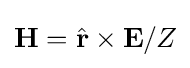
\mathbf {H} ={\hat {\mathbf {r} }}\times \mathbf {E} /Z